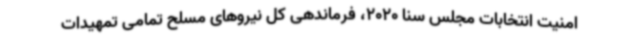
امنیت انتخابات مجلس سنا 2020، فرماندهی کل نیروهای مسلح تمامی تمهیدات